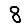
Digit: 8